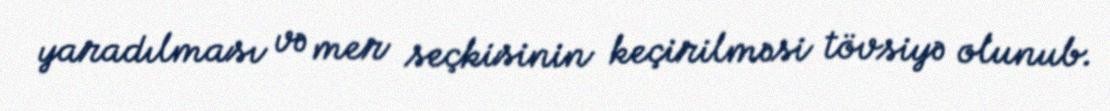
yaradılması və mer seçkisinin keçirilməsi tövsiyə olunub.